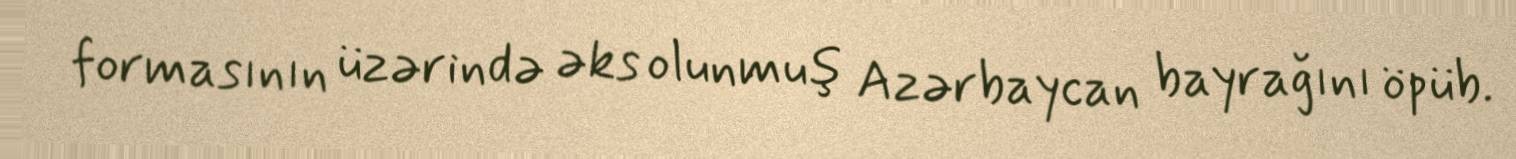
formasının üzərində əks olunmuş Azərbaycan bayrağını öpüb.